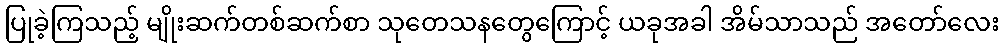
ပြုခဲ့ကြသည့် မျိုးဆက်တစ်ဆက်စာ သုတေသနတွေကြောင့် ယခုအခါ အိမ်သာသည် အတော်လေး